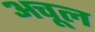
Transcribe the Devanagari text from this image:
अचूल